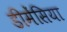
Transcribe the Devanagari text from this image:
डीमेंसिया